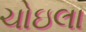
ચોઇલા